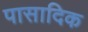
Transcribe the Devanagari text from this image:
पासादिक